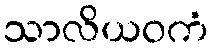
သာလိယဝကံ